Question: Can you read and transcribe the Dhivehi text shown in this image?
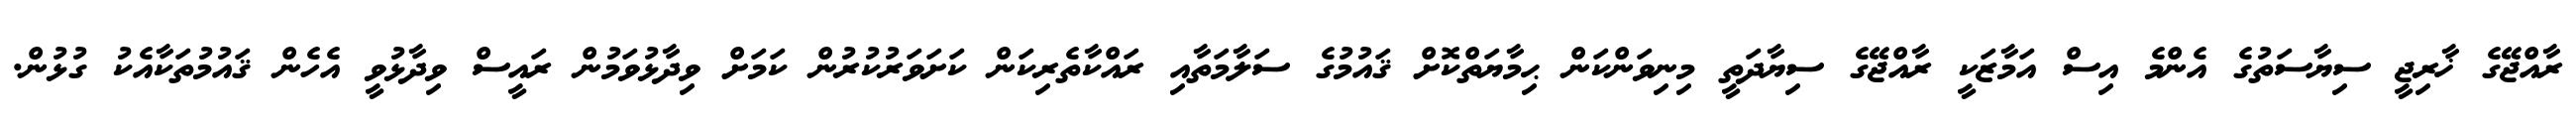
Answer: ރާއްޖޭގެ ޚާރިޖީ ސިޔާސަތުގެ އެންމެ އިސް އަމާޒަކީ ރާއްޖޭގެ ސިޔާދަތީ މިނިވަންކަން ޙިމާޔަތްކޮށް ޤައުމުގެ ސަލާމަތާއި ރައްކާތެރިކަން ކަށަވަރުކުރުން ކަމަށް ވިދާޅުވަމުން ރައީސް ވިދާޅުވީ އެހެން ޤައުމުތަކާއެކު ގުޅުން.